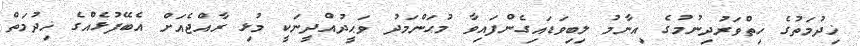
ޚިދުމަތުގެ ހިތްވަރުދިނުމުގެ އިނާމު ލިބިވަޑައިގެންފައިވާ މުޙަންމަދު ވަޙީދުއްދީނަކީ މުޅި ރާއްޖެއަށް އެބޭފުޅެއްގެ ޚިދުމަތް